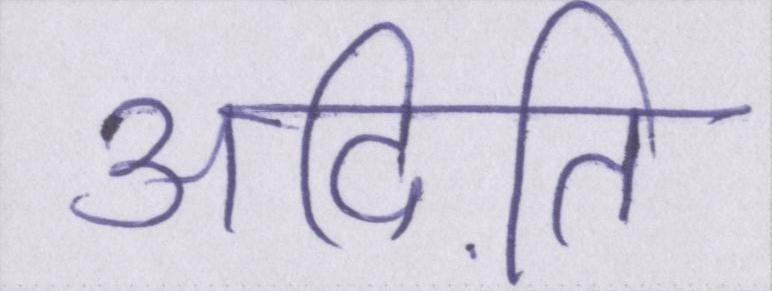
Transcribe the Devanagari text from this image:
अदिति